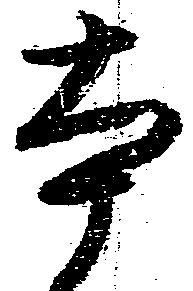
本